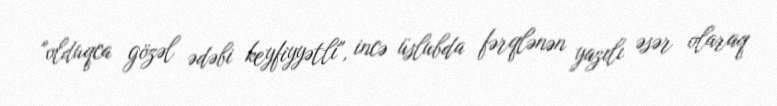
"olduqca gözəl ədəbi keyfiyyətli", incə üslubda fərqlənən yazılı əsər olaraq